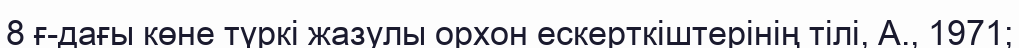
8 ғ-дағы көне түркі жазулы орхон ескерткіштерінің тілі, А., 1971;